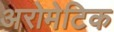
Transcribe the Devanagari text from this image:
अरोमेटिक